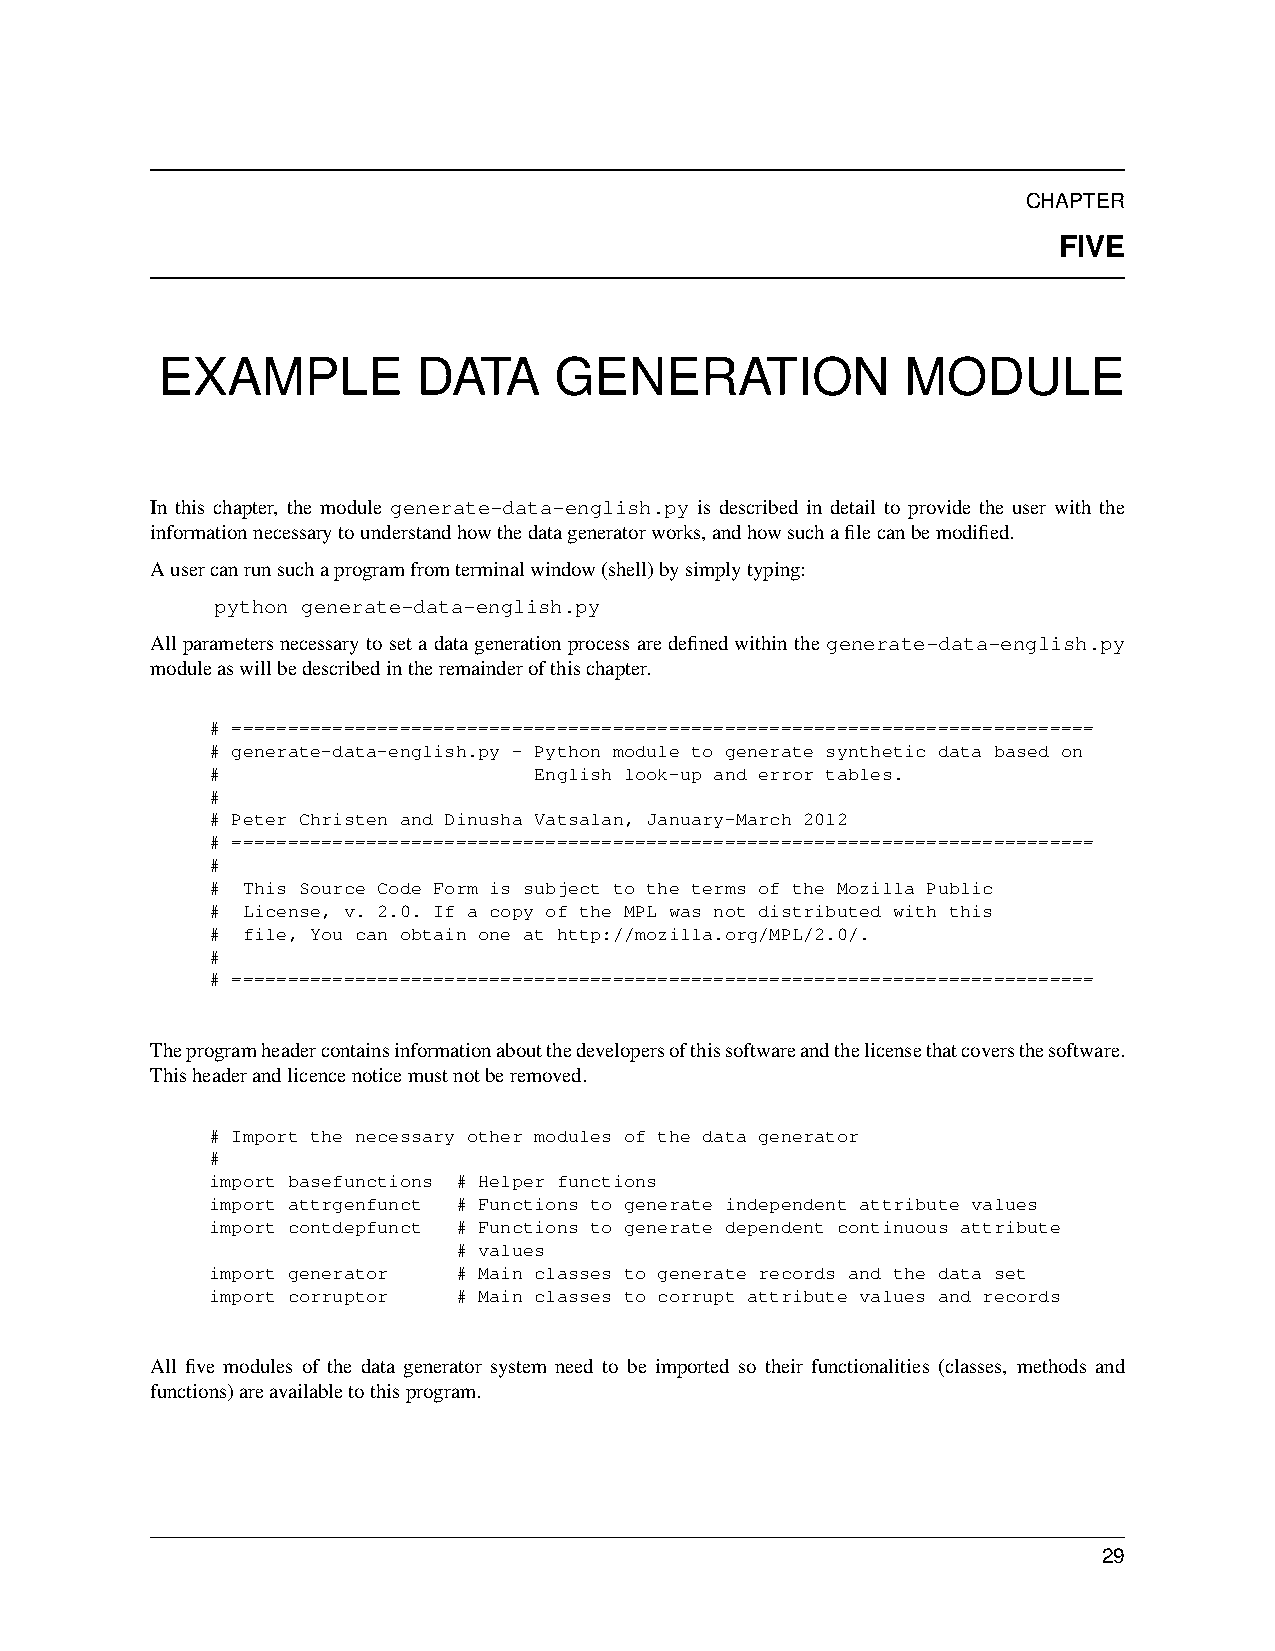
CHAPTER
 FIVE
 EXAMPLE           DATA     GENERATION             MODULE
 In this chapter, the module generate-data-english.py is described in detail to provide the user with the
 informationnecessarytounderstandhowthedatageneratorworks,andhowsuchafilecanbemodified.
 Ausercanrunsuchaprogramfromterminalwindow(shell)bysimplytyping:
 python generate-data-english.py
 Allparametersnecessarytosetadatagenerationprocessaredefinedwithinthegenerate-data-english.py
 moduleaswillbedescribedintheremainderofthischapter.
 # =============================================================================
 # generate-data-english.py - Python module to generate synthetic data based on
 #                    English look-up and error tables.
 #
 # Peter Christen and Dinusha Vatsalan, January-March 2012
 # =============================================================================
 #
 # This Source Code Form is subject to the terms of the Mozilla Public
 # License, v. 2.0. If a copy of the MPL was not distributed with this
 # file, You can obtain one at http://mozilla.org/MPL/2.0/.
 #
 # =============================================================================
 Theprogramheadercontainsinformationaboutthedevelopersofthissoftwareandthelicensethatcoversthesoftware.
 Thisheaderandlicencenoticemustnotberemoved.
 # Import the necessary other modules of the data generator
 #
 import basefunctions # Helper functions
 import attrgenfunct # Functions to generate independent attribute values
 import contdepfunct # Functions to generate dependent continuous attribute
 # values
 import generator # Main classes to generate records and the data set
 import corruptor # Main classes to corrupt attribute values and records
 All five modules of the data generator system need to be imported so their functionalities (classes, methods and
 functions)areavailabletothisprogram.
 29